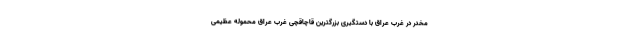
مخدر در غرب عراق با دستگیری بزرگترین قاچاقچی غرب عراق محموله عظیمی